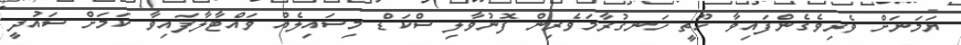
ޔަަމަނަށް ވެރިވެގެންފައިވާ ހޫތީ ހަނގުރާމަވެރިން ފޮނުވާލި ސްކަޑް މިސައިލެއް ވައްޓާލާފައިވާ ކަމަށް ސައުދީ